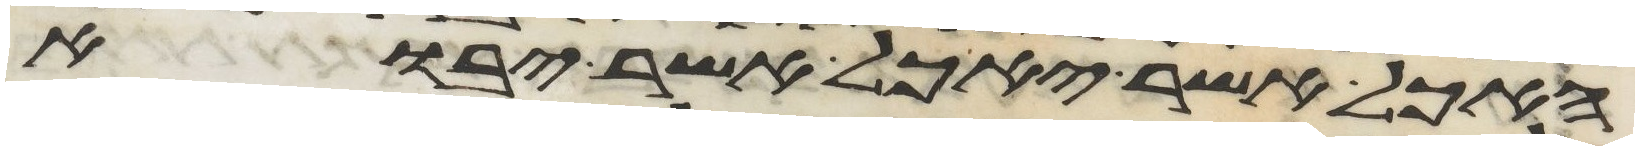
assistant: האכל אשר יאכל אשר יבוא